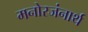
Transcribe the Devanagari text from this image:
मनोरजंनार्थ